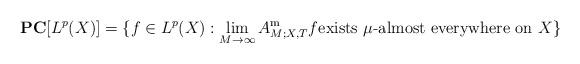
LaTeX: \begin{align*}\mathbf P\mathbf C[L^{p}(X)]=\{f\in L^{p}(X): \lim_{M\to\infty}A_{M;X, T}^{\mathrm m}f \text{exists $\mu$-almost everywhere on $X$}\}\end{align*}